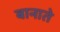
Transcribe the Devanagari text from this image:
बानाते